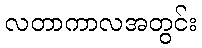
လတာကာလအတွင်း